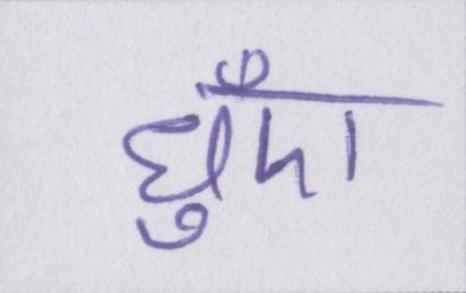
धुँए